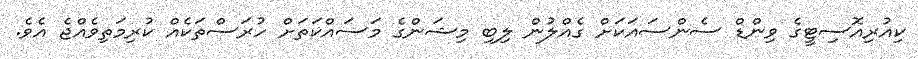
ކިއުރިއޮސިޓީގެ ވިންޑް ސެންސައަކަށް ގެއްލުން ލިބި މިޝަންގެ މަސައްކަތަށް ހުރަސްތަކެއް ކުރިމަތިވެއްޖެ އެވެ.